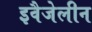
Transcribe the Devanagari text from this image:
इवैजेलीन